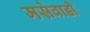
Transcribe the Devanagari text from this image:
मसेवाडी